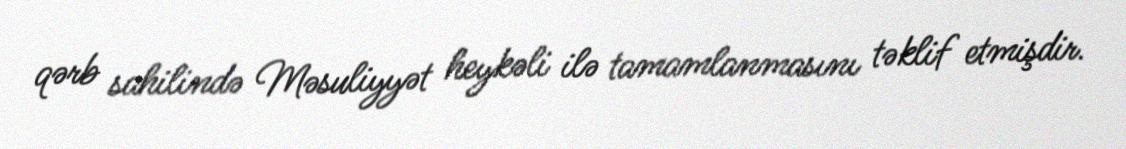
qərb sahilində Məsuliyyət heykəli ilə tamamlanmasını təklif etmişdir.